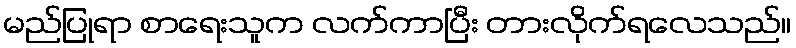
မည်ပြုရာ စာရေးသူက လက်ကာပြီး တားလိုက်ရလေသည်။